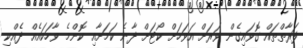
ފަރާތްތައް ގޮވައިގެން ވަރަށް އަވަހަށް ކޯޓަށް ދާނެ ކަމަށާއި ކޮންމެ ވާހަކައެއް ދެއްކި